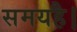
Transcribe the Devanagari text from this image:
समयहै।